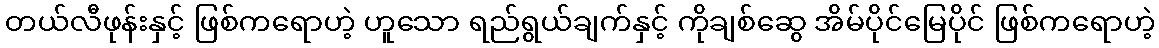
တယ်လီဖုန်းနှင့် ဖြစ်ကရောဟဲ့ ဟူသော ရည်ရွယ်ချက်နှင့် ကိုချစ်ဆွေ အိမ်ပိုင်မြေပိုင် ဖြစ်ကရောဟဲ့